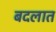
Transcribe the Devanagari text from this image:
बदलात